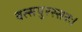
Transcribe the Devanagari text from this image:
वत्सपुरस्सरः।